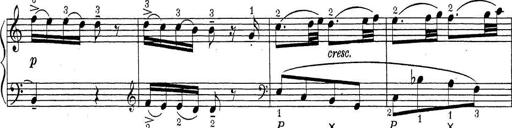
Title: ÄŒeskÃ© Sonatiny
Composer: Various